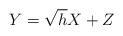
LaTeX: \begin{align*}Y=\sqrt{h}X + Z\end{align*}